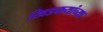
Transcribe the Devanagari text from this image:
खिडकयांच्या